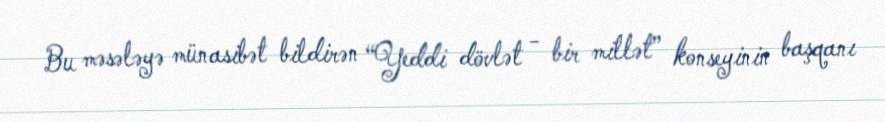
Bu məsələyə münasibət bildirən “Yeddi dövlət - bir millət” konseyinin başqanı